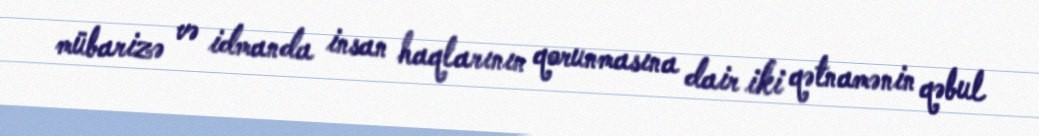
mübarizə və idmanda insan haqlarının qorunmasına dair iki qətnamənin qəbul